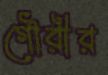
গৌরীর